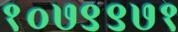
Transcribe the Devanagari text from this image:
१०७९९७१